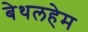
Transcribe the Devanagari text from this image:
बेथलहेम